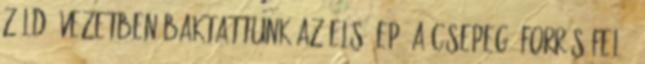
zöld övezetben baktattunk az első EP, a Csepegő-forrás felé.